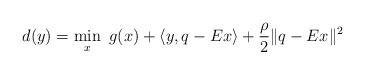
\begin{align*}d(y) = \min_{x} \ g(x)+ \langle y, q - Ex \rangle +\frac{\rho}{2}\|q-Ex\|^2\end{align*}